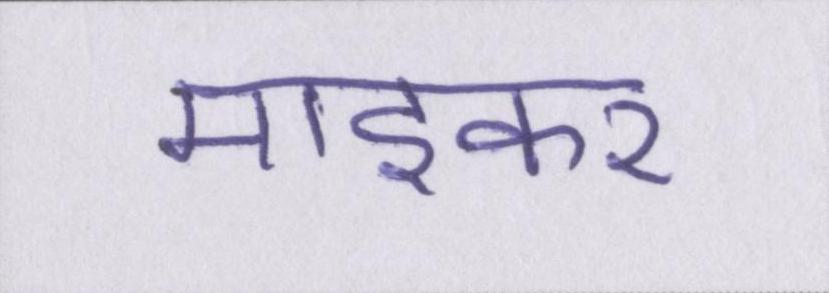
माइकर